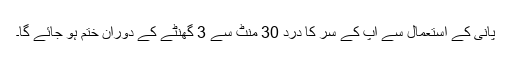
پانی کے استعمال سے آپ کے سر کا درد 30 منٹ سے 3 گھنٹے کے دوران ختم ہو جائے گا۔